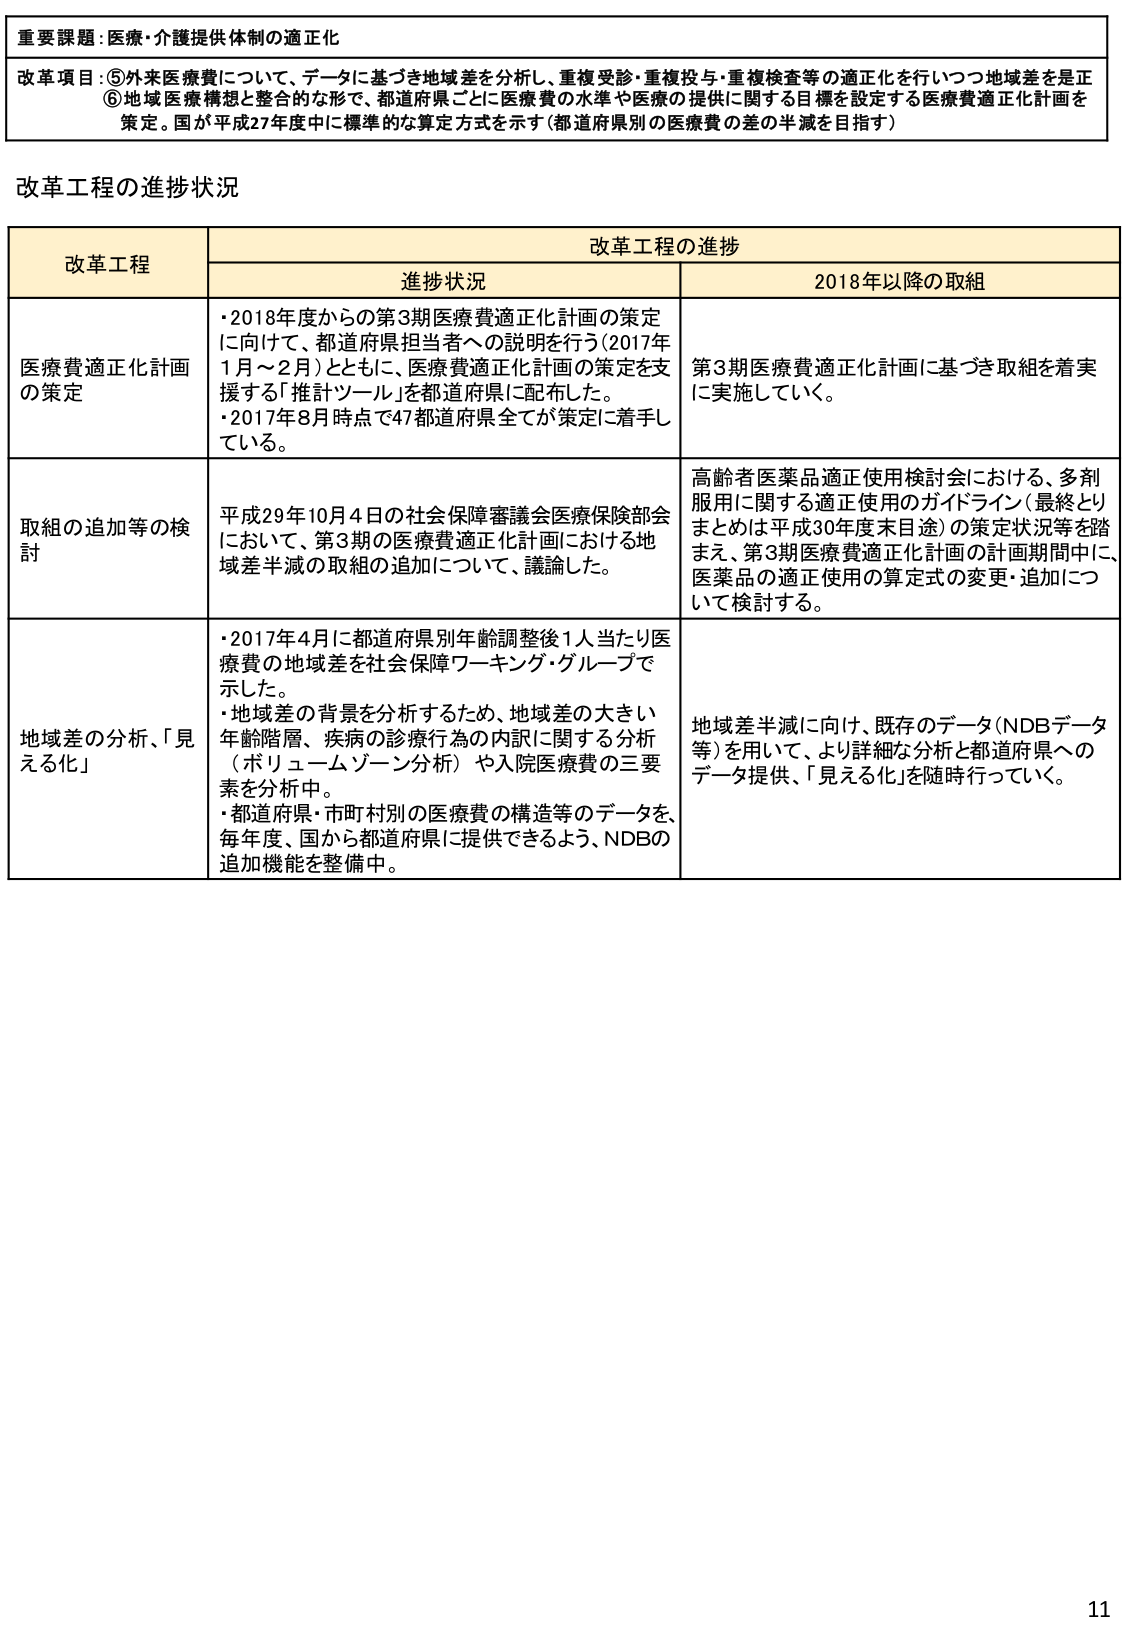
重要課題：医療・介護提供体制の適正化

改革項目：⑤外来医療費について、データに基づき地域差を分析し、重複受診・重複投与・重複検査等の適正化を行いつつ地域差を是正
⑥地域医療構想と整合的な形で、都道府県ごとに医療費の水準や医療の提供に関する目標を設定する医療費適正化計画を
策定。国が平成27年度中に標準的な算定方式を示す（都道府県別の医療費の差の半減を目指す）

改革工程の進捗状況

改革工程